Vaccination in the Punjab 1919-1929 - 1919-1929
Year: 1919
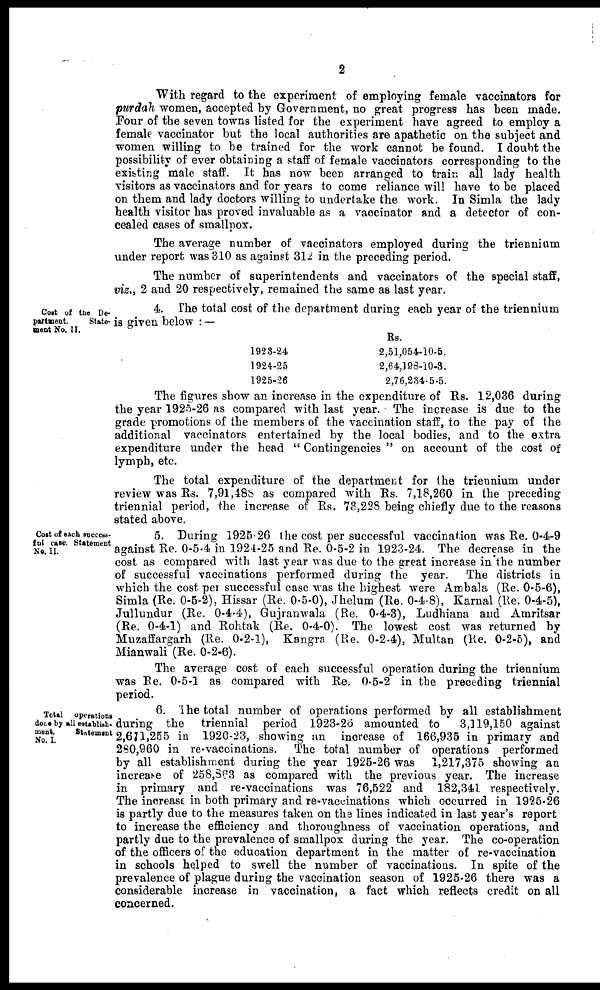
2
With regard to the experiment of employing female vaccinators for
purdah women, accepted by Government, no great progress has been made.
Four of the seven towns listed for the experiment have agreed to employ a
female vaccinator but the local authorities are apathetic on the subject and
women willing to be trained for the work cannot be found. I doubt the
possibility of ever obtaining a staff of female vaccinators corresponding to the
existing male staff. It has now been arranged to train all lady health
visitors as vaccinators and for years to come reliance will have to be placed
on them and lady doctors willing to undertake the work. In Simla the lady
health visitor has proved invaluable as a vaccinator and a detector of con-
cealed cases of smallpox.
The average number of vaccinators employed during the triennium
under report was 310 as against 312 in the preceding period.
The number of superintendents and vaccinators of the special staff,
viz., 2 and 20 respectively, remained the same as last year.
Cost of the De-
partment.
State-
ment No. II.
4. The total cost of the department during each year of the triennium
is given below : —
1928-24
1924-25
1925-26
Rs.
2,51,054-10-5.
2,64,198-10-3.
2,76,234-5-5.
The figures show an increase in the expenditure of Rs. 12,036 during
the year 1925-26 as compared with last year. The increase is due to the
grade promotions of the members of the vaccination staff, to the pay of the
additional vaccinators entertained by the local bodies, and to the extra
expenditure under the head " Contingencies " on account of the cost of
lymph, etc.
The total expenditure of the department for the triennium under
review was Rs. 7,91,488 as compared with Rs. 7,18,260 in the preceding
triennial period, the increase of Rs. 73,228 being chiefly due to the reasons
stated above.
Cost of each success-
ful case. Statement
No. II.
5. During 1925.26 the cost per successful vaccination was Re. 0-4-9
against Re. 0-5-4 in 1924-25 and Re. 0-5-2 in 1923-24. The decrease in the
cost as compared with last year was due to the great increase in the number
of successful vaccinations performed during the year.
The districts in
which the cost per successful case was the highest were Ambala (Re. 0-5-6),
Simla (Re. 0-5-2), Hissar (Re. 0-5-0), Jhelum (Re. 0-4-8), Karnal (Re. 0-4-5),
Jullundur (Re. 0-4-4), Gujranwala (Re. 0-4-3), Ludhiana and Amritsar
(Re. 0-4-1) and Rohtak (Re. 0-4-0). The lowest cost was returned by
Muzaffargarh (Re. 0-2-1), Kangra (Re. 0-2-4), Multan (Re. 0-2-5), and
Mianwali (Re. 0-2-6).
The average cost of each successful operation during the triennium
was Re. 0-5-1 as compared with Re. 0-5-2 in the preceding triennial
period.
Total
operations
done by all establish-
ment.
Statement
No. I.
6. The total number of operations performed by all establishment
during the triennial period 1923-26 amounted to
3,119,150 against
2,671,255 in 1920-23, showing an increase of 166,935 in primary and
280,960 in re-vaccinations. The total number of operations performed
by all establishment during the year 1925-26 was 1,217,375 showing an
increase of 258,863 as compared with the previous year. The increase
in primary and re-vaccinations was 76,522 and 182,341 respectively.
The increase in both primary and re-vaccinations which occurred in 1925-26
is partly due to the measures taken on the lines indicated in last year's report
to increase the efficiency and thoroughness of vaccination operations, and
partly due to the prevalence of smallpox during the year. The co-operation
of the officers of the education department in the matter of re-vaccination
in schools helped to swell the number of vaccinations. In spite of the
prevalence of plague during the vaccination season of 1925-26 there was a
considerable increase in vaccination, a fact which reflects credit on all
concerned.